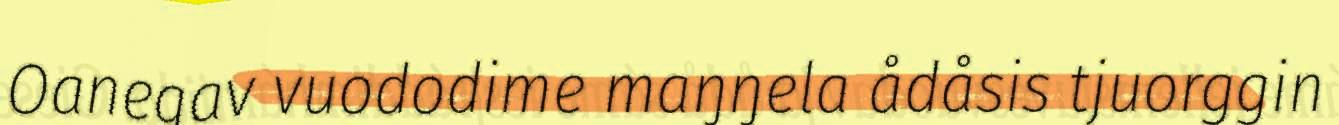
Oanegav vuododime maŋŋela ådåsis tjuorggin